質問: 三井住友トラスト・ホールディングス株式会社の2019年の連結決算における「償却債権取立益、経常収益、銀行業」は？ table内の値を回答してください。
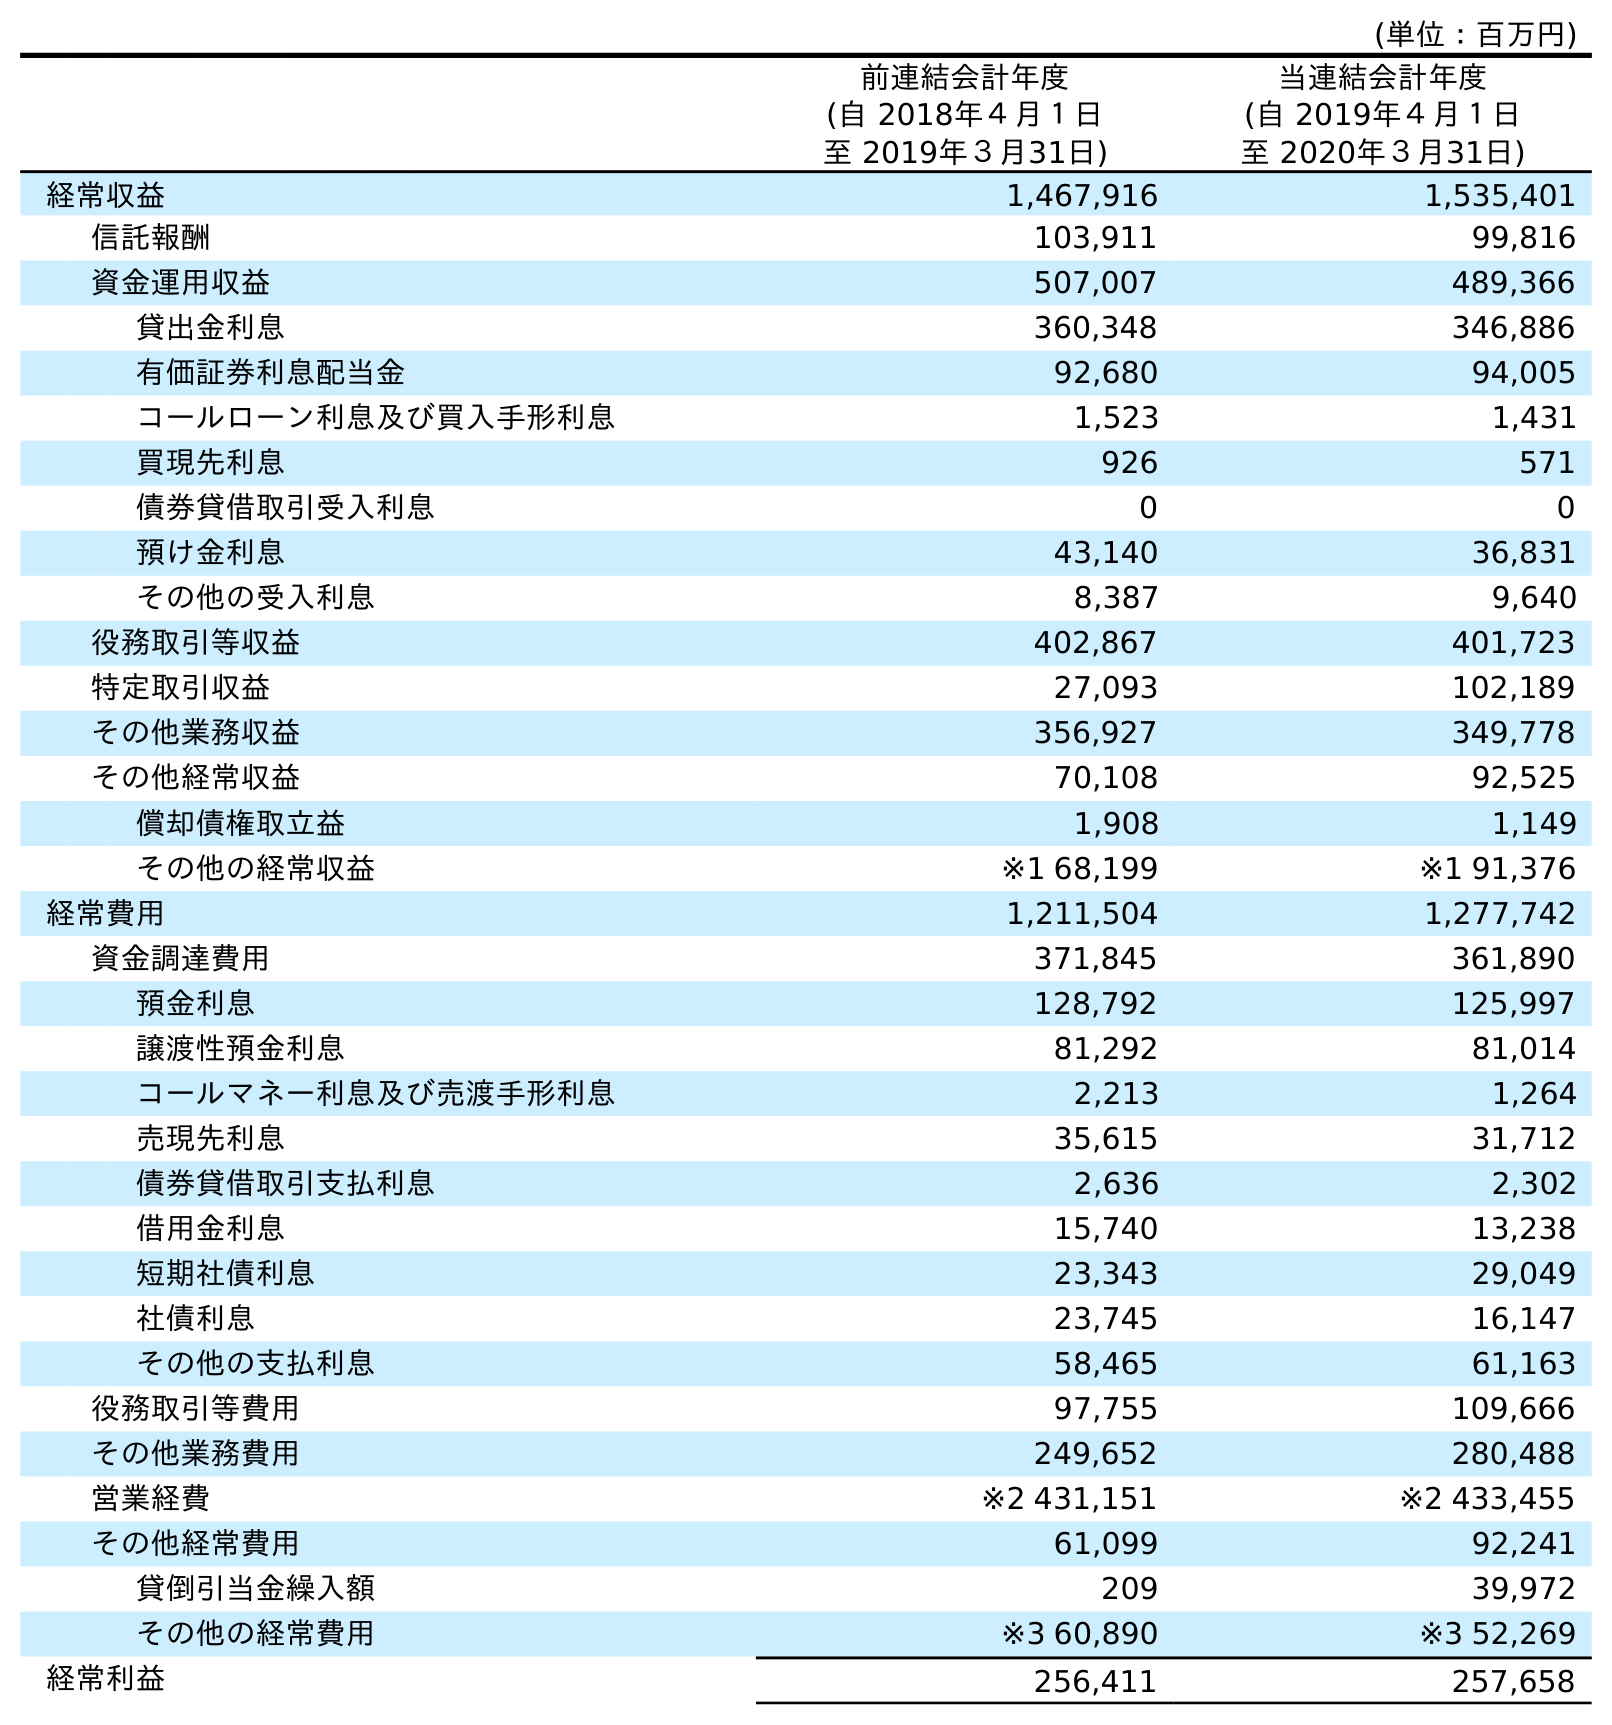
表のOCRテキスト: (単位：百万円) 前連結会計年度 (自 2018年４月１日 至 2019年３月31日) 当連結会計年度 (自 2019年４月１日 至 2020年３月31日) 経常収益 1,467,916 1,535,401 信託報酬 103,911 99,816 資金運用収益 507,007 489,366 貸出金利息 360,348 346,886 有価証券利息配当金 92,680 94,005 コールローン利息及び買入手形利息 1,523 1,431 買現先利息 926 571 債券貸借取引受入利息 0 0 預け金利息 43,140 36,831 その他の受入利息 8,387 9,640 役務取引等収益 402,867 401,723 特定取引収益 27,093 102,189 その他業務収益 356,927 349,778 その他経常収益 70,108 92,525 償却債権取立益 1,908 1,149 その他の経常収益 ※1 68,199 ※1 91,376 経常費用 1,211,504 1,277,742 資金調達費用 371,845 361,890 預金利息 128,792 125,997 譲渡性預金利息 81,292 81,014 コールマネー利息及び売渡手形利息 2,213 1,264 売現先利息 35,615 31,712 債券貸借取引支払利息 2,636 2,302 借用金利息 15,740 13,238 短期社債利息 23,343 29,049 社債利息 23,745 16,147 その他の支払利息 58,465 61,163 役務取引等費用 97,755 109,666 その他業務費用 249,652 280,488 営業経費 ※2 431,151 ※2 433,455 その他経常費用 61,099 92,241 貸倒引当金繰入額 209 39,972 その他の経常費用 ※3 60,890 ※3 52,269 経常利益 256,411 257,658
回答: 1,908